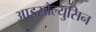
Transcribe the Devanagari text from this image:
आइसौल्युसिन